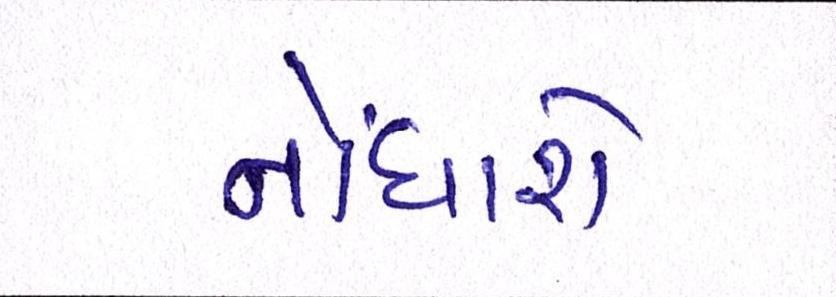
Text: નોંધાશે